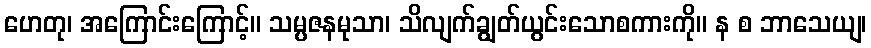
ဟေတု၊ အကြောင်းကြောင့်။ သမ္ပဇနမုသာ၊ သိလျက်ချွတ်ယွင်းသောစကားကို။ န စ ဘာသေယျ၊